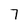
Character: 7